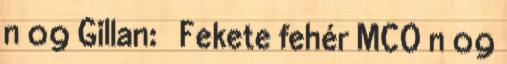
n 09 Gillan: ♂ Fekete fehér MCO n 09